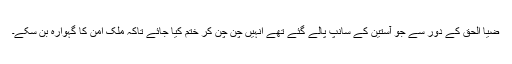
ضیا الحق کے دور سے جو آستین کے سانپ پالے گئے تھے انہیں چن چن کر ختم کیا جائے تاکہ ملک امن کا گہوارہ بن سکے۔